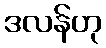
ဒလန်ဟု